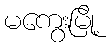
မကွေးမြို့